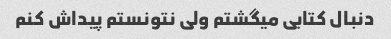
دنبال کتابی میگشتم ولی نتونستم پیداش کنم